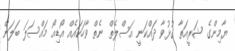
ޔާމިންގެ ޝަރީއަތާ ގުޅުވާ ދައްކަނީ އަސްލެތް ނެތް ވާހަކައެއް އޯޑިއޯ މައްސަލަ ބަލަން